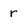
Character: r